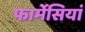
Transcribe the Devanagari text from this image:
फार्मेसियां